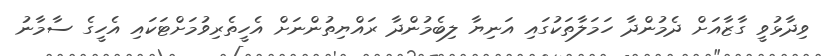
ވިދާޅުވީ ގާޒާއަށް ދެމުންދާ ހަމަލާތަކުގައި އަނިޔާ ލިބެމުންދާ ރައްޔިތުންނަށް އެހީތެރިވުމަށްޓަކައި އެހީގެ ސާމާނު